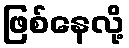
ဖြစ်နေလို့